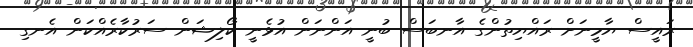
ރައީސް ޔާމީނަށް ރައްޔިތުންގެ އާނބަސް ބުނީ އަންނަން އުޅެނީ ކޯލިޝަން ސަރުކާރެއްކަން އެނގި